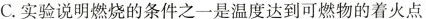
C.实验说明燃烧的条件之一是温度达到可燃物的着火点